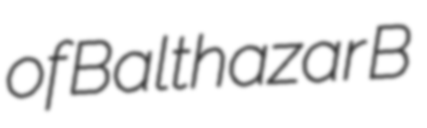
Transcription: of Balthazar B